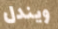
ويندل